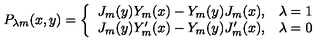
P _ { \lambda m } ( x , y ) = \left\{ \begin{array} { l l } { J _ { m } ( y ) Y _ { m } ( x ) - Y _ { m } ( y ) J _ { m } ( x ) , } & { \lambda = 1 } \\ { J _ { m } ( y ) Y _ { m } ^ { \prime } ( x ) - Y _ { m } ( y ) J _ { m } ^ { \prime } ( x ) , } & { \lambda = 0 } \\ \end{array} \right.